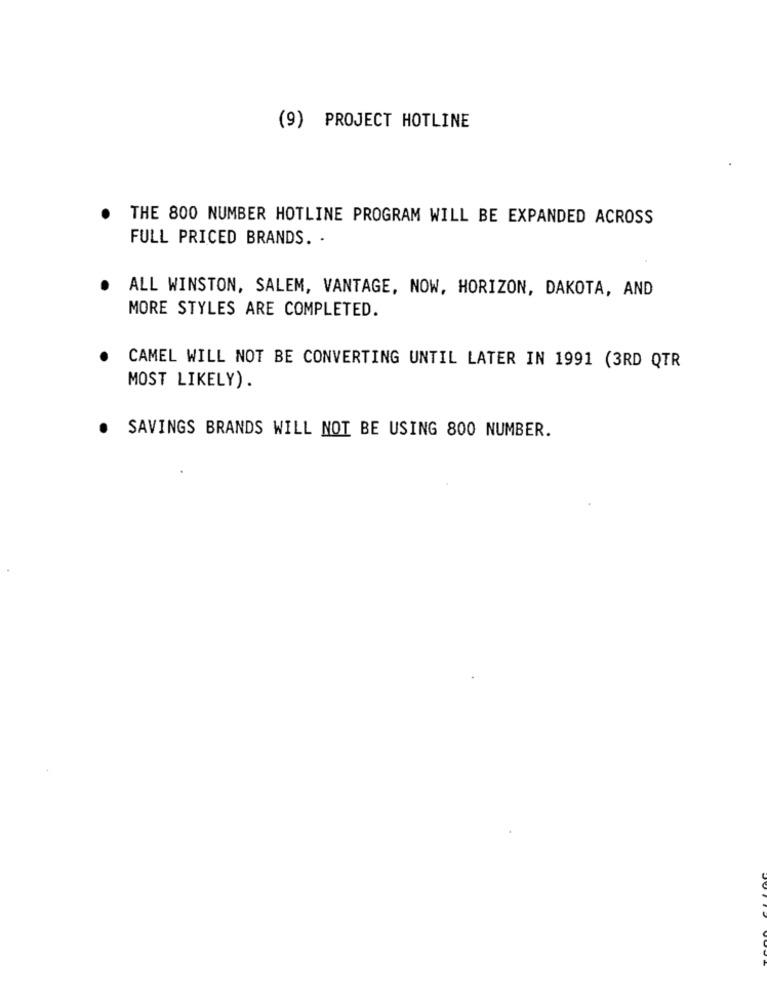
(9) PROJECT HOTLINE
THE 800 NUMBER HOTLINE PROGRAM WILL BE EXPANDED ACROSS
FULL PRICED BRANDS. .
ALL WINSTON, SALEM, VANTAGE, NOW, HORIZON, DAKOTA, AND
MORE STYLES ARE COMPLETED.
CAMEL WILL NOT BE CONVERTING UNTIL LATER IN 1991 (3RD QTR
MOST LIKELY).
. SAVINGS BRANDS WILL NOT BE USING 800 NUMBER.